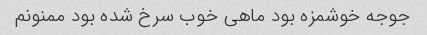
جوجه خوشمزه بود ماهی خوب سرخ شده بود ممنونم